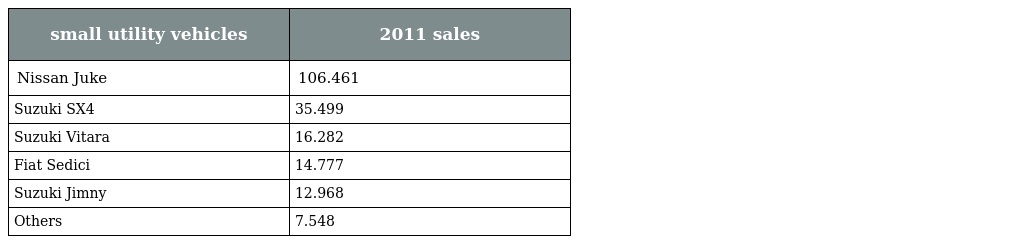
| small utility vehicles | 2011 sales |
 | --- | --- |
 | Nissan Juke | 106.461 |
 | Suzuki SX4 | 35.499 |
 | Suzuki Vitara | 16.282 |
 | Fiat Sedici | 14.777 |
 | Suzuki Jimny | 12.968 |
 | Others | 7.548 |